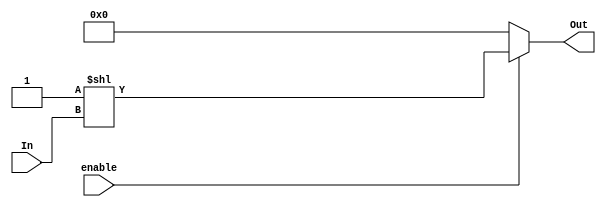
`timescale 1ns / 1ps
module decoder_2x4(
output	[3:0]	Out,
input	[1:0]	In,
input		enable
);
	 assign Out = enable ? 4'b0001 << In : 4'b0000;
endmodule